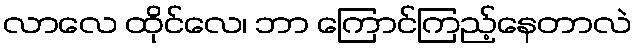
လာလေ ထိုင်လေ၊ ဘာ ကြောင်ကြည့်နေတာလဲ